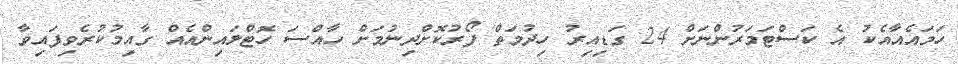
ހަމައެއާއެކު އެ ކަސްޓަމަރުންނަށް 24 ގަޑިއިރު ހިދުމަތް ފޯރުކޮށްދިނުމަށް ހާއްސަ ހޮޓްލައިންއެއް ގާއިމުކުރެވިފައިވާ